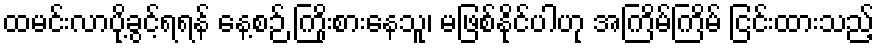
ထမင်းလာပို့ခွင့်ရရန် နေ့စဉ် ကြိုးစားနေသူ၊ မဖြစ်နိုင်ပါဟု အကြိမ်ကြိမ် ငြင်းထားသည့်